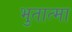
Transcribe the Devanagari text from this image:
भुतात्मा